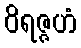
ဝိရဇ္ဇဟံ